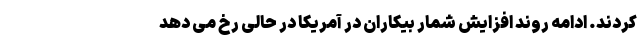
کردند. ادامه روند افزایش شمار بیکاران در آمریکا در حالی رخ می دهد